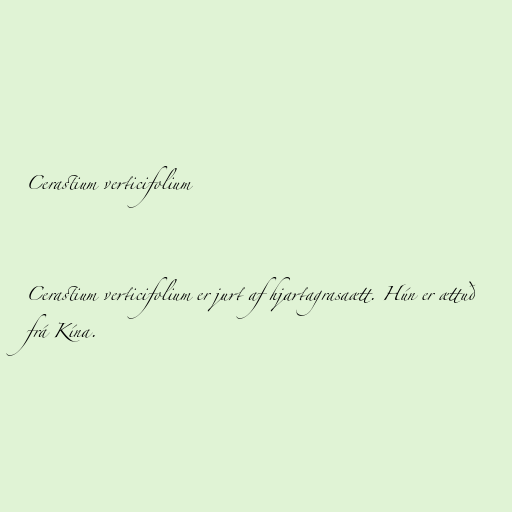
Cerastium verticifolium

Cerastium verticifolium er jurt af hjartagrasaætt. Hún er ættuð
frá Kína.